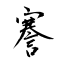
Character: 謇